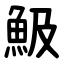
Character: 魥